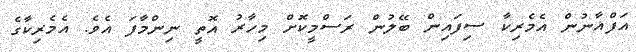
އަފްޣާނުން އެމެރިކާ ސިފައިން ބޭލުން ރަސްމީކޮށް މިހާރު އޮތީ ނިންމާފަ އެވެ. އެމެރިކާގެ